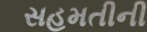
સહમતીની